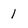
Character: 1